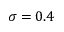
\sigma = 0 . 4